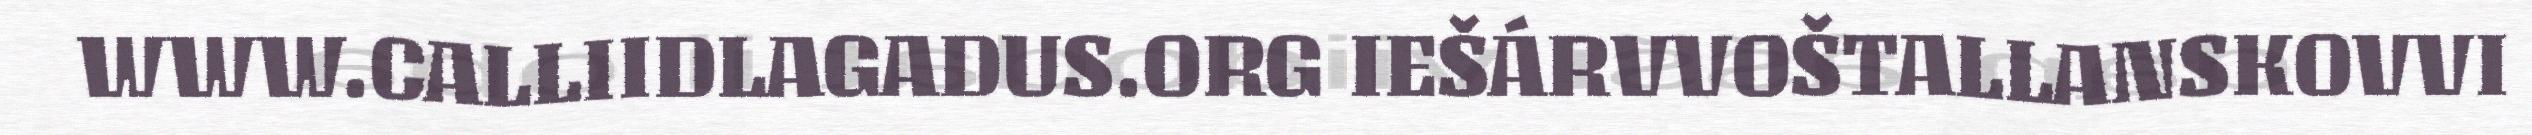
WWW.CALLIIDLAGADUS.ORG IEŠÁRVVOŠTALLANSKOVVI